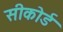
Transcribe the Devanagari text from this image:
सीकोर्ड